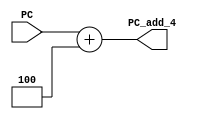
module PC_add (PC, PC_add_4);

    input [31:0] PC;

    output reg [31:0] PC_add_4;

    always @(*) begin
        PC_add_4 <= PC + 4;
    end
    // initial
    //     begin
    //       $display("pc4");
    //     end
endmodule //PC_add